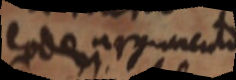
eode argumento